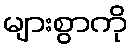
များစွာကို